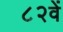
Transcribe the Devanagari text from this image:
८२वें